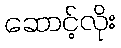
ဆောင့်လိုး